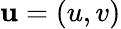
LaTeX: {\mathbf u}=(u,v)